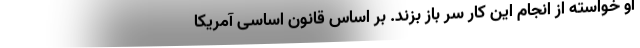
او خواسته از انجام این کار سر باز بزند. بر اساس قانون اساسی آمریکا